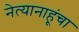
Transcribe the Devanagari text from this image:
नेत्यानाहूंचा